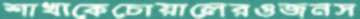
শাখাকেচোয়ালেরওজনস